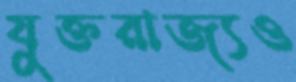
যুক্তরাজ্যও